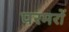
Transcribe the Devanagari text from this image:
परमरों